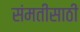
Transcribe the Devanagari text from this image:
संमतीसाठी